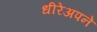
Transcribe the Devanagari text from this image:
धीरेअपने